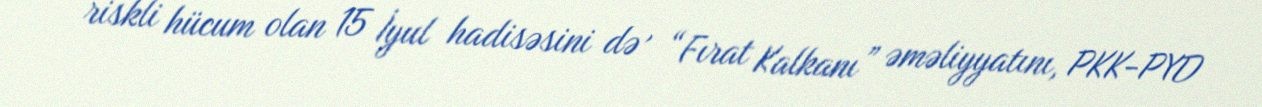
riskli hücum olan 15 İyul hadisəsini də , “Fırat Kalkanı” əməliyyatını, PKK-PYD